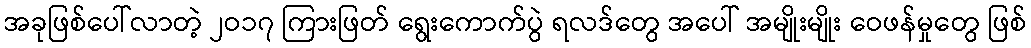
အခုဖြစ်ပေါ်လာတဲ့ ၂ဝ၁၇ ကြားဖြတ် ရွေးကောက်ပွဲ ရလဒ်တွေ အပေါ် အမျိုးမျိုး ဝေဖန်မှုတွေ ဖြစ်